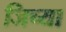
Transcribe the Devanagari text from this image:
जिच्‍या